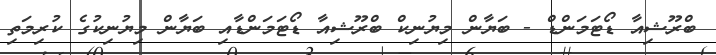
ބްރޫޝިއާ ޑޯޓަމަންޑް - ބަޔާން މިޔުނިކް ބްރޫޝިއާ ޑޯޓަމަންޑާއި ބަޔާން މިޔުނިކުގެ ކުރިމަތި